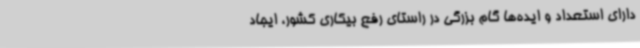
دارای استعداد و ایده‌ها گام بزرگی در راستای رفع بیکاری کشور، ایجاد